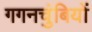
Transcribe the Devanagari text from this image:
गगनचुंबियों